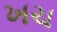
ખચ